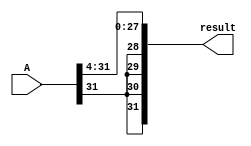
module SRA4(A, result);
    input [31:0] A;
    output [31:0] result;
    wire msb;
    assign msb = A[31];

    assign result[31]=A[31];
    assign result[30] = A[31];
    assign result[29] = A[31];
    assign result[28] = A[31];

/*     assign result[31]= msb;
    assign result[30] = msb;
    assign result[29] = msb;
    assign result[29] = msb; */

    assign result[27] = A[31];
    assign result[26] = A[30];
    assign result[25] = A[29];
    assign result[24] = A[28];
    assign result[23] = A[27];
    assign result[22] = A[26];
    assign result[21] = A[25];
    assign result[20] = A[24];
    assign result[19] = A[23];
    assign result[18] = A[22];
    assign result[17] = A[21];
    assign result[16] = A[20];
    assign result[15] = A[19];
    assign result[14] = A[18];
    assign result[13] = A[17];
    assign result[12] = A[16];
    assign result[11] = A[15];
    assign result[10] = A[14];
    assign result[9] = A[13];
    assign result[8] = A[12];
    assign result[7] = A[11];
    assign result[6] = A[10];
    assign result[5] = A[9];
    assign result[4] = A[8];
    assign result[3] = A[7];
    assign result[2] = A[6];
    assign result[1] = A[5];
    assign result[0] = A[4];
endmodule